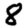
Digit: 8